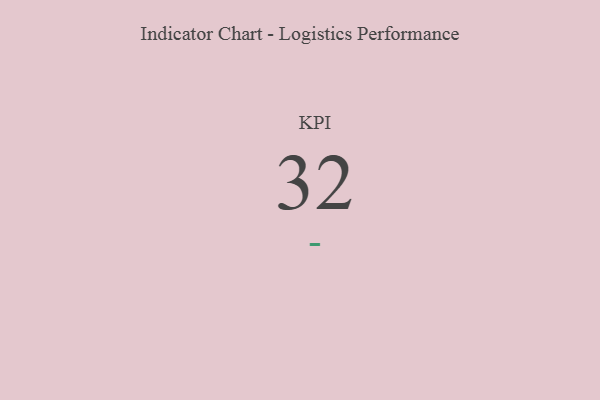
{"axis": {"x": "KPI", "y": "Value"}, "legend": [""], "data": [{"x": "KPI", "y": 32, "type": ""}]}